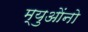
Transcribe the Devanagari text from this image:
म्युओंनो